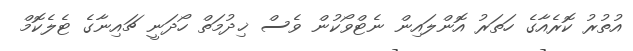
އުތުރު ކޮރެއާގެ ހަތަރު އޮންލައިން ނެޓްވޯކުން ވެސް ޚިދުމަތް ހޯދަނީ ޗައިނާގެ ޓެލެކޮމް